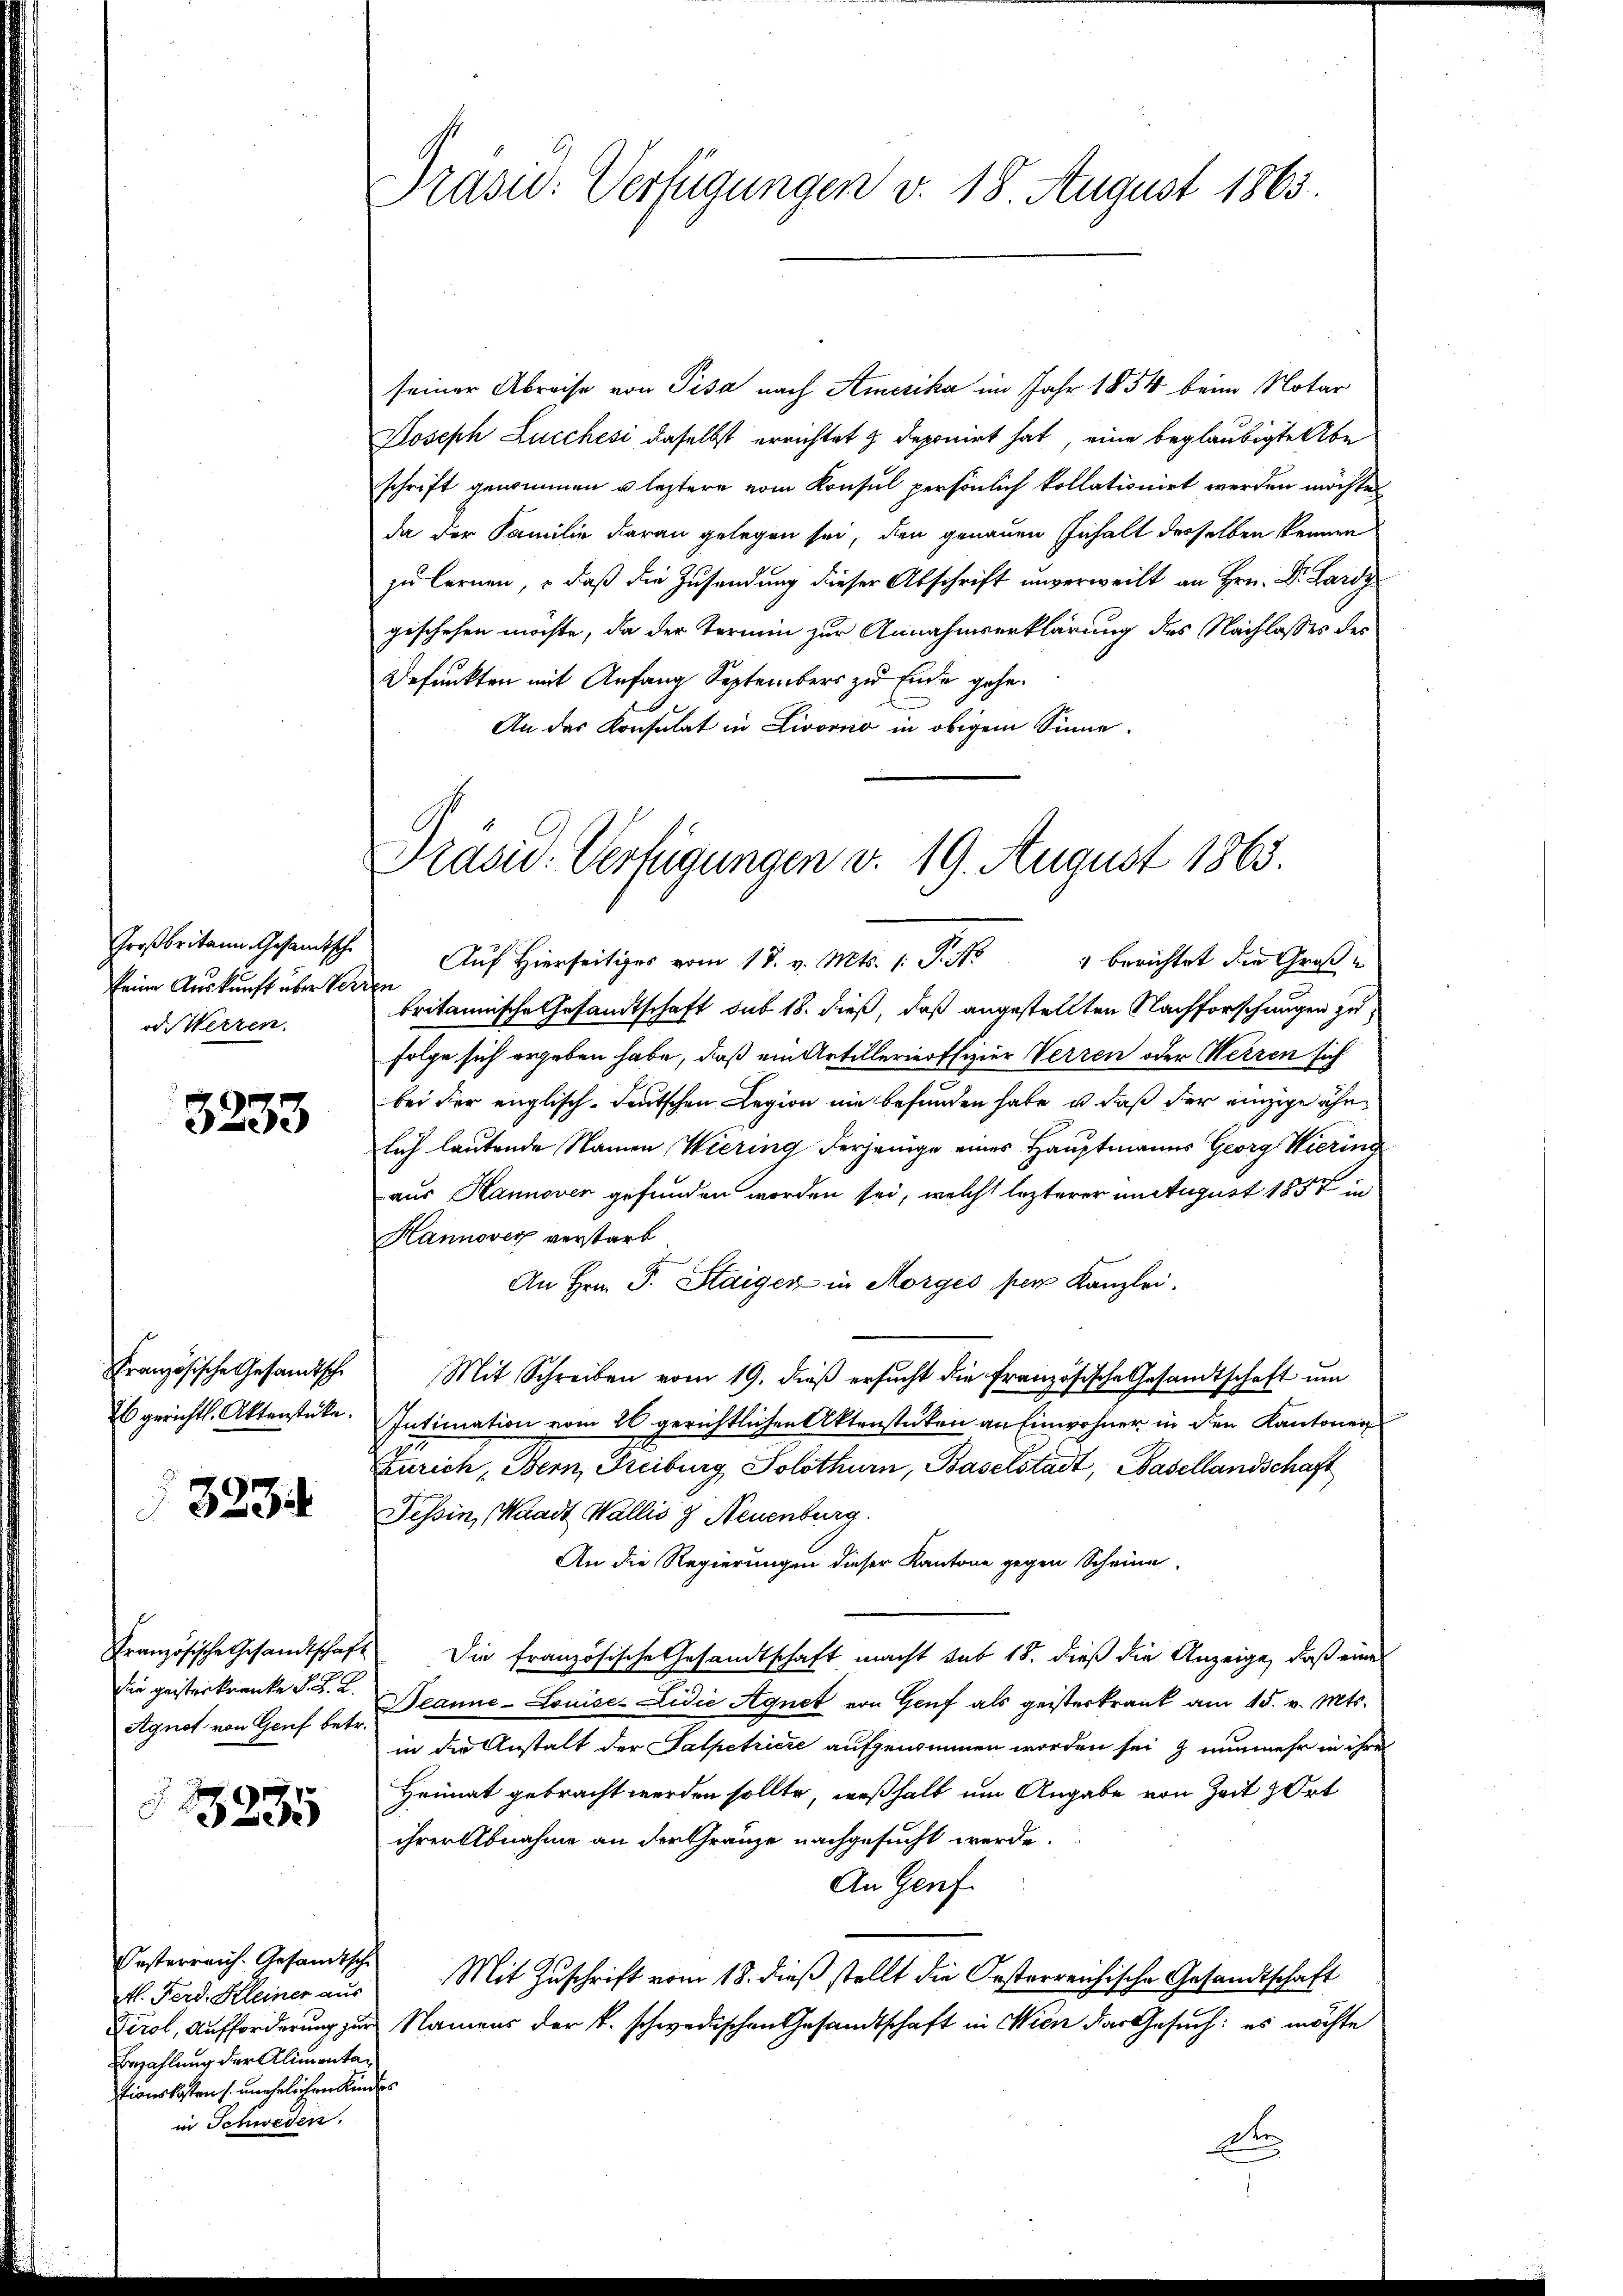
Großbritann, Gesamtsche
keine Auskunft über Ver
od. Werzen.

3233

Französische Gesandtsch
Es gerichtl. Aktenstücke.

323.

Die geisterkranke d. d. 2.
Agnat von Genf betr.

13235

Oesterreich. Gesandtsche
tl. Ferd. Kleiner aus
Bezahlung der Alimentationskosten s. unehrlichen Kindes
in Schweden.

Prasio: Verfügungen v. 18. August 1863.

seiner Abreise von Pisa nach Amerika im Jahr 1854 beim Notar
Joseph Lucchesi daselbst errichtet zu deponirt hat, eine beglaubigte Abe
schrift genommen u. leztere vom Konsul persönlich kollationirt werden möchte,
da der Familie daran gelegen sei, den genauen Inhalt desselben kennen
zu lernen, – daß die Zusendung dieser Abschrift unverweilt an Hrn. Dr. Lardy
geschehen möchte, da der Termin zur Annahmserklärung des Nachlasses des
Defunkten mit Anfang Septembers zu Ende gehe.
An das Konsulat in Livorno in obigem Sinne.

Präsid. Vertigungen v. 19. August 1863.

Auf Hierseitiger vom 18. v. Mts. /: P. No 4 berichtet die Großbritannische Gesandtschaft sub 18. dieß, daß angestellten Nachforschungen zu
folge sich ergeben habe, daß ein Artillerinoffizier Verren oder Herren sich
bei der englisch-deutschen Legion nie befunden habe, u. daß der einzige ähnlich lautende Namen Wiering derjenige eines Hauptmanns Georg Hiering
aus Hannover gefunden worden sei, welche lezterer um August 1857 in
Hannover verstarb.
An Hrn. F. Staiger in Morges per Kanzlei.
Mit Schreiben vom 19. dieß ersucht die französische Gesandtschaft um
Intimation vom 20 gerichtlichen Aktenstaten an Einwohner in den Kantonen
Zürich, Bern, Freiburg Solothurn, Baselstadt, Basellandschaft
Tessin, Waadt Wallis & Neuenburg.
An die Regierungen dieser Kantone gegen Scheine
Französische Gesandtschaft. Die französische Gesandtschaft macht sub 18. dieß die Anzeige, daß eines
Deanne-Louise-Lidie Agnet von Genf als geisterkrank am 15. v. Mts.
in die Anstalt der Salpetriere aufgenommen worden sei & nunmehr in ihre
Heimat gebracht werden sollte, weßhalb um Angabe von Zeit & Ort
ihrer Abnahme an der Gränze nachgesucht werde.
An Genf
Mit Zuschrift vom 18. dieß stellt die Oesterreichische Gesandtschaft
Tirol, Aufforderung zur Namens der k. schwedischen Gesandtschaft in Wien das Gesuch: es möchte
de